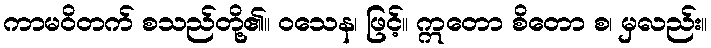
ကာမဝိတက် စသည်တို့၏။ ဝသေန၊ ဖြင့်။ ဣတော စိတော စ၊ မှလည်း။